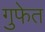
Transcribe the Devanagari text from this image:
गुफेत